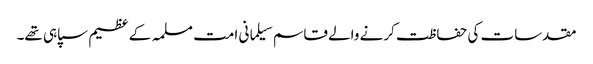
مقدسات کی حفاظت کرنے والے قاسم سیلمانی امت مسلمہ کے عظیم سپاہی تھے۔